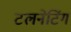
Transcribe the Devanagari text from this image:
टलनेटिंग